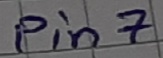
Text: Pin7